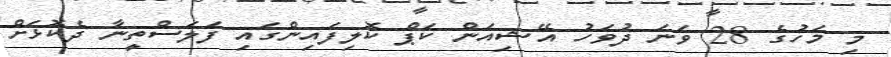
މި މަހުގެ 28 ވަނަ ދުވަހު އޭޝިއަން ކަޕް ކޮލިފައިންގައި ފަލަސްތީނާ ދެކޮޅަށް